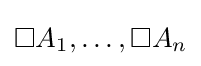
\Box A_{1},\dots ,\Box A_{n}